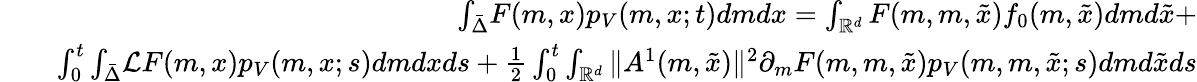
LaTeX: \begin{array}{rlr}&{}&{{\int_{\bar{\Delta}}}F(m,x)p_{V}(m,x;t)dmdx=\int_{\mathbb{R}^{d}}F(m,m,\tilde{x})f_{0}(m,\tilde{x})dmd\tilde{x}+}\\ &{}&{\int_{0}^{t}{\int_{\bar{\Delta}}}{\cal L}F(m,x)p_{V}(m,x;s)dmdxds+{\frac{1}{2}}\int_{0}^{t}\int_{\mathbb{R}^{d}}{\| A^{1}(m,\tilde{x})\| ^{2}}\partial_{m}F(m,m,\tilde{x}){p_{V}(m,m,\tilde{x};s)}dmd\tilde{x}ds}\end{array}